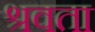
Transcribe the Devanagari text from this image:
श्रवता